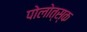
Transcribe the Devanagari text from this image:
पोलोत्स्क